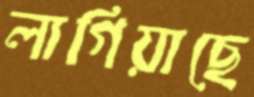
লাগিয়াছে